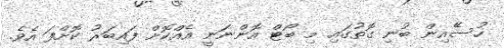
ހުސެެއިން ބުނި ގޮތުގައި މި ބޯޓް އޮންނަނީ އެއްކޮށް ފައިބަރު ކޮށްފަ އެވެ.